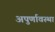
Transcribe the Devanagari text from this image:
अपुर्णावस्था